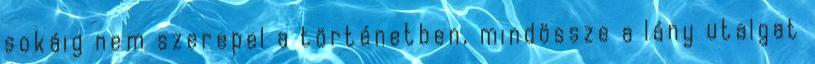
sokáig nem szerepel a történetben, mindössze a lány utalgat